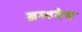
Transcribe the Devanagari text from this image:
ब्रम्हदेय